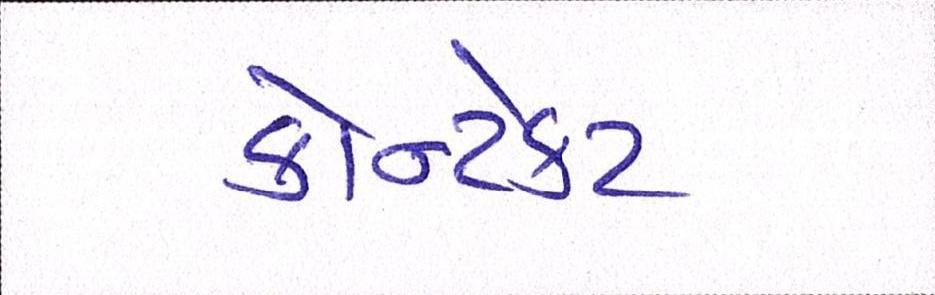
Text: કોન્ટેકટ